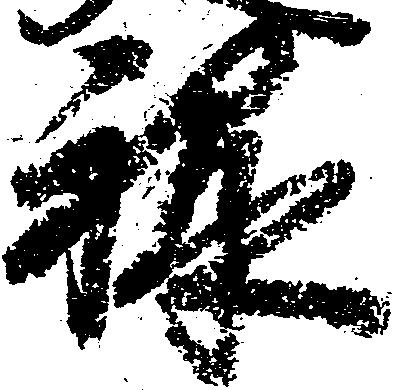
禄